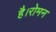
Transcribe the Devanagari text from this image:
है।रोमन